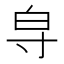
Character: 𱚞